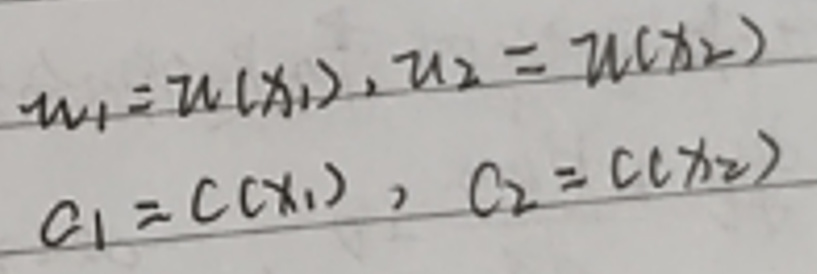
\[
\begin{align*}
u_1&=u(x_1),u_2 = u(x_2)\\
c_1&=c(x_1),c_2 = c(x_2)
\end{align*}
\]